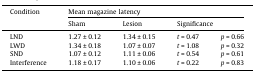
<table><thead><tr><td rowspan="2"><b>Condition</b></td><td colspan="4"><b>Mean magazine latency</b></td></tr><tr><td><b>Sham</b></td><td><b>Lesion</b></td><td colspan="2"><b>Significance</b></td></tr></thead><tbody><tr><td>LND</td><td>1.27 ± 0.12</td><td>1.34 ± 0.15</td><td><i>t</i> = 0.47</td><td><i>p</i> = 0.66</td></tr><tr><td>LWD</td><td>1.34 ± 0.18</td><td>1.07 ± 0.07</td><td><i>t</i> = 1.08</td><td><i>p</i> = 0.32</td></tr><tr><td>SND</td><td>1.07 ± 0.12</td><td>1.11 ± 0.06</td><td><i>t</i> = 0.54</td><td><i>p</i> = 0.61</td></tr><tr><td>Interference</td><td>1.18 ± 0.17</td><td>1.10 ± 0.06</td><td><i>t</i> = 0.22</td><td><i>p</i> = 0.83</td></tr></tbody></table>